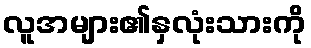
လူအများ၏နှလုံးသားကို